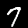
Digit: 7